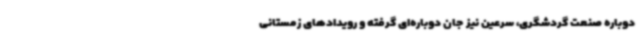
دوباره صنعت گردشگری، سرعین نیز جان دوباره‌ای گرفته و رویدادهای زمستانی